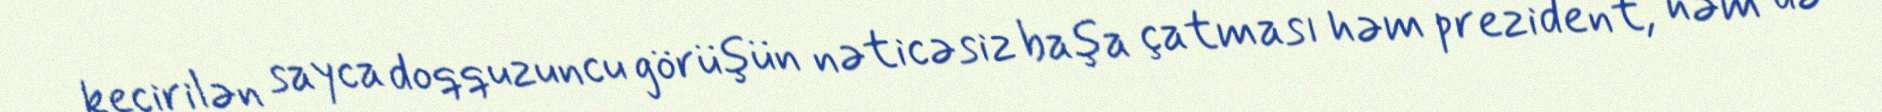
keçirilən sayca doqquzuncu görüşün nəticəsiz başa çatması həm prezident, həm də